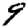
Digit: 9